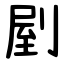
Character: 剭